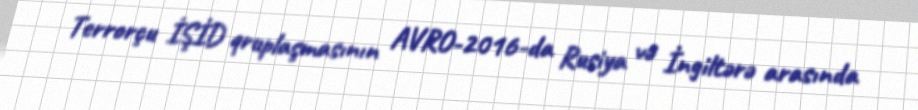
Terrorçu İŞİD qruplaşmasının AVRO-2016-da Rusiya və İngiltərə arasında